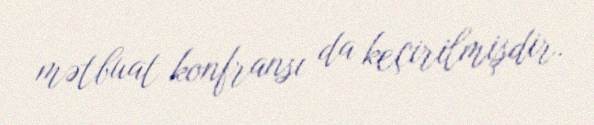
mətbuat konfransı da keçirilmişdir.